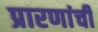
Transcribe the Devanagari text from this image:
प्रारणांची